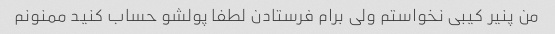
من پنیر کیبی نخواستم ولی برام فرستادن لطفا پولشو حساب کنید ممنونم